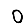
Digit: 0